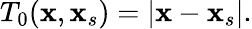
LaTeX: \begin{array}{r}{T_{0}(\mathbf{x},\mathbf{x}_{s})=\left|\mathbf{x}-\mathbf{x}_{s}\right|.}\end{array}